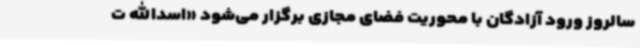
سالروز ورود آزادگان با محوریت فضای مجازی برگزار می‌شود «اسدالله ت